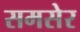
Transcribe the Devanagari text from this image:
समसेर